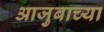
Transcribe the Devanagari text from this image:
आजुबाच्या